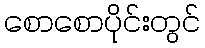
စောစောပိုင်းတွင်